Problem: 4 + 25 = ?
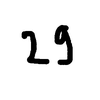
Handwritten answer: 29